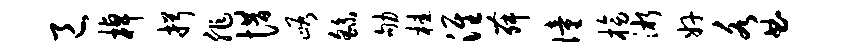
邑棹揖非惜峪繇劬桂淮舞僮榜淅奸各曲